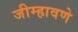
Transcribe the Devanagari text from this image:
जीम्हावणे